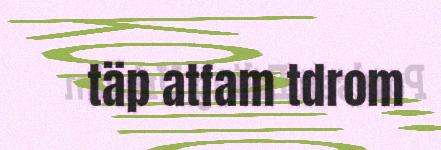
täp atfam tdrom